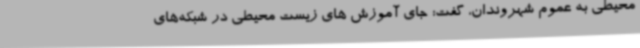
محیطی به عموم شهروندان، گفت: جای آموزش های زیست محیطی در شبکه‌های